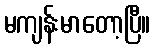
မကျန်းမာတော့ပြီ။